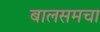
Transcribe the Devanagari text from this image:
बालसमचा